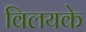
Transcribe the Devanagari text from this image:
विलयके